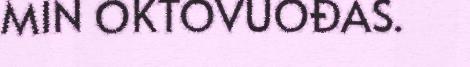
MIN OKTOVUOĐAS.